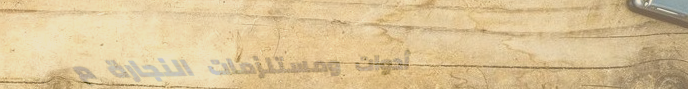
أدوات ومستلزمات النجارة م